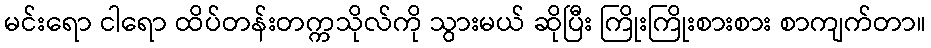
မင်းရော ငါရော ထိပ်တန်းတက္ကသိုလ်ကို သွားမယ် ဆိုပြီး ကြိုးကြိုးစားစား စာကျက်တာ။